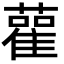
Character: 雚